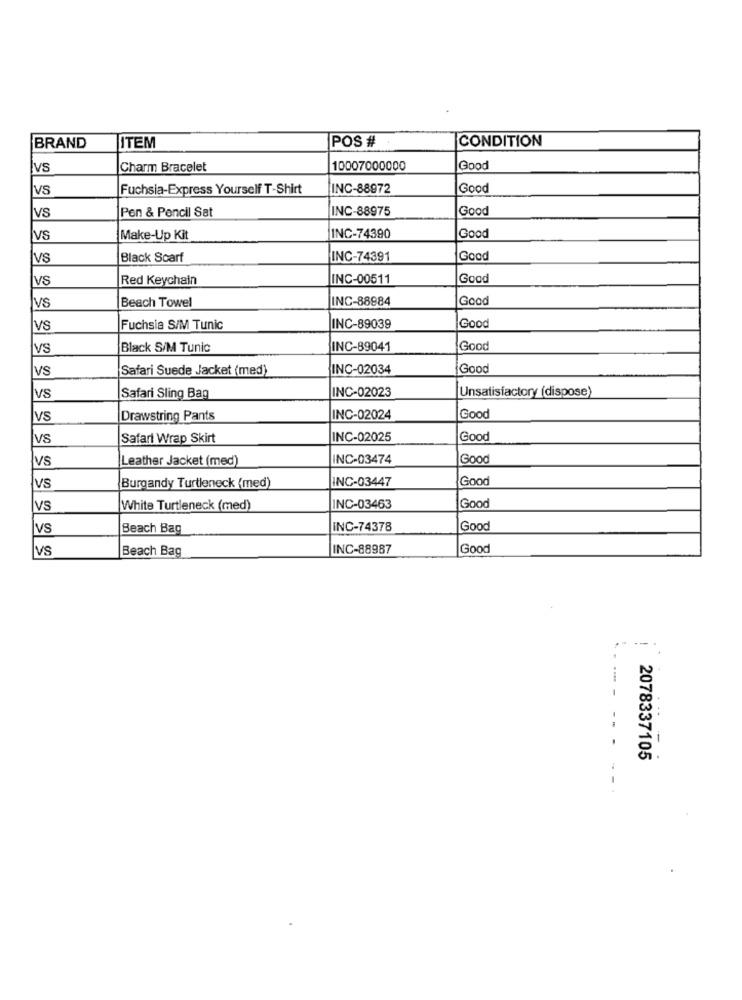
POS #
CONDITION
BRAND
ITEM
VS
Charm Bracelet
10007000000
Good
VS
Fuchsia-Express Yourself T-Shirt
INC-88972
Good
vs
Pen & Pencil Sat
INC-88975
Good
vs
Make-Up Kit
INC-74390
Good
VS
Black Scarf
INC-74391
Good
VS
Red Keychain
INC-00511
Good
Beach Towel
INC-88984
Good
vs
Good
vs
Fuchsia S/M Tunic
INC-89039
VS
Black S/M Tunic
INC-89041
Good
VS
Safari Suede Jacket (med)
INC-02034
Good
INC-02023
Unsatisfactory (dispose)
VS
Safari Sling Bag
VS
Drawstring Pants
INC-02024
Good
VS
Safari Wrap Skirt
INC-02025
Good
VS
Leather Jacket (med)
NC-03474
Good
INC-03447
Good
VS
Burgandy Turtleneck (med)
VS
White Turtleneck (med)
INC-03463
Good
VS
Beach Bag
INC-74378
Good
VS
Beach Bag
INC-88987
Good
2078337105